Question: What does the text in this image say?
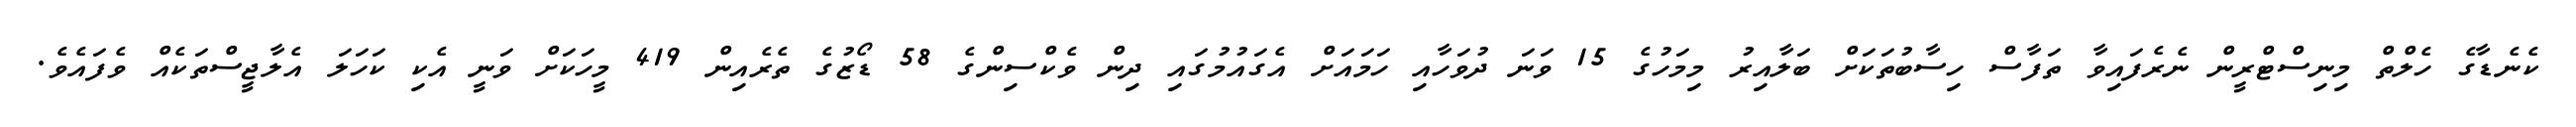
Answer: ކެނެޑާގެ ހެލްތް މިނިސްޓްރީން ނެރެފައިވާ ތަފާސް ހިސާބުތަކަށް ބަލާއިރު މިމަހުގެ 15 ވަނަ ދުވަހާއި ހަމައަށް އެގައުމުގައި ދިން ވެކްސިންގެ 58 ޑޯޒުގެ ތެރެއިން 419 މީހަކަށް ވަނީ އެކި ކަހަލަ އެލާޖީސްތަކެއް ވެފައެވެ.